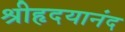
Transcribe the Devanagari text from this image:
श्रीहृदयानंद